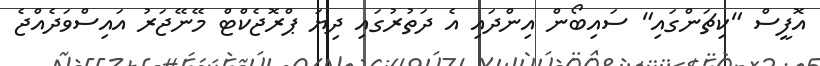
އޮފީސް "ކިޗަންގައި" ސައިބޯން އިންދައި އެ ދަތުރުގައި ދިޔަ ޕްރޮޖެކްޓް މޭނޭޖަރު އައިސްވަދެއްޖެ